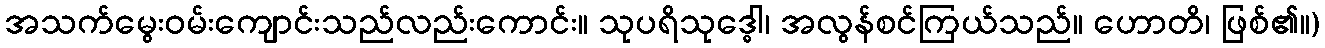
အသက်မွေးဝမ်းကျောင်းသည်လည်းကောင်း။ သုပရိသုဒ္ဓေါ၊ အလွန်စင်ကြယ်သည်။ ဟောတိ၊ ဖြစ်၏။)